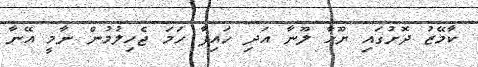
ކާމޭޒު ދޮށުގައި ޔޫހާ ލޫނާ އަދި ހައިފާ ހަމަ ޖެހިލުމުން ނާމީ އޭނާ